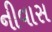
નીવાસ